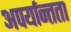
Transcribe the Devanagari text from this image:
अपर्यान्तता